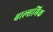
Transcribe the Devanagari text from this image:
बाल्समिक